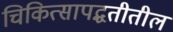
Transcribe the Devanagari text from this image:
चिकित्सापद्धतीतील